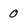
Character: 0